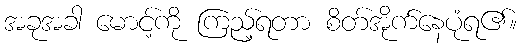
အခုအခါ မောင့်ကို ကြည့်ရတာ စိတ်အိုက်နေပုံရ၏။